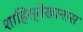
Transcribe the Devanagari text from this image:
शाहिस्तेखानास